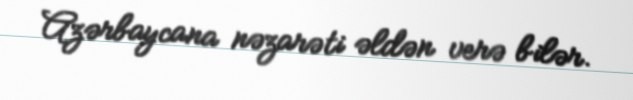
Azərbaycana nəzarəti əldən verə bilər.